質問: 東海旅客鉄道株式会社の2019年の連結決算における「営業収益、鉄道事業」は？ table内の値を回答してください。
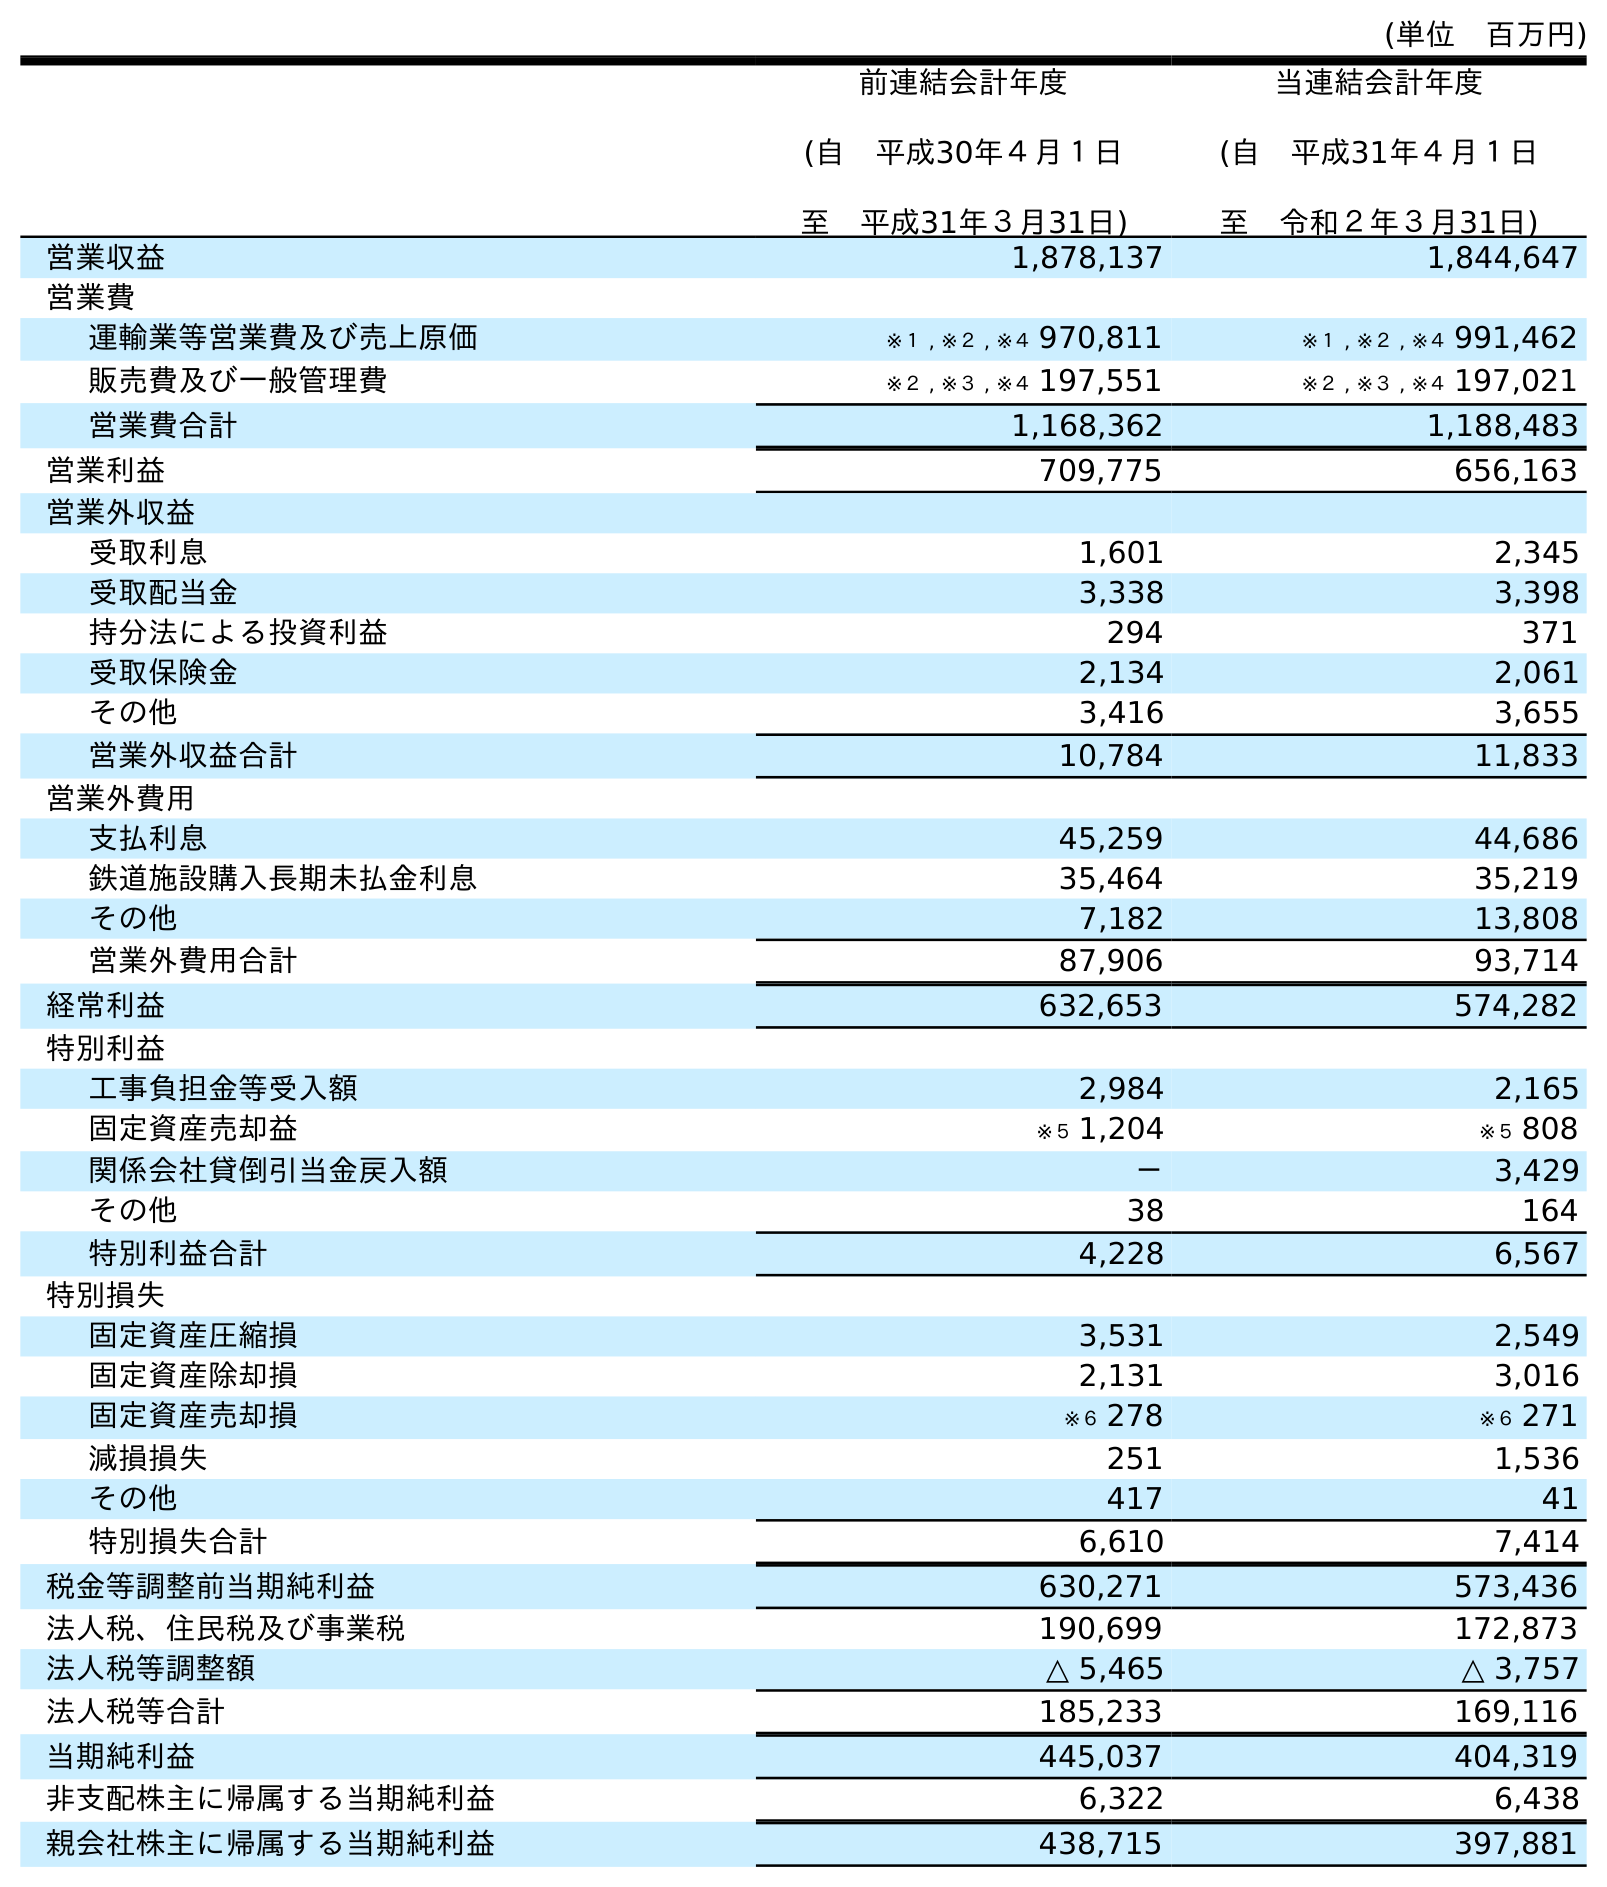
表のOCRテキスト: (単位 百万円) 前連結会計年度 (自 平成30年４月１日 至 平成31年３月31日) 当連結会計年度 (自 平成31年４月１日 至 令和２年３月31日) 営業収益 1,878,137 1,844,647 営業費 運輸業等営業費及び売上原価 ※１ , ※２ , ※４ 970,811 ※１ , ※２ , ※４ 991,462 販売費及び一般管理費 ※２ , ※３ , ※４ 197,551 ※２ , ※３ , ※４ 197,021 営業費合計 1,168,362 1,188,483 営業利益 709,775 656,163 営業外収益 受取利息 1,601 2,345 受取配当金 3,338 3,398 持分法による投資利益 294 371 受取保険金 2,134 2,061 その他 3,416 3,655 営業外収益合計 10,784 11,833 営業外費用 支払利息 45,259 44,686 鉄道施設購入長期未払金利息 35,464 35,219 その他 7,182 13,808 営業外費用合計 87,906 93,714 経常利益 632,653 574,282 特別利益 工事負担金等受入額 2,984 2,165 固定資産売却益 ※５ 1,204 ※５ 808 関係会社貸倒引当金戻入額 － 3,429 その他 38 164 特別利益合計 4,228 6,567 特別損失 固定資産圧縮損 3,531 2,549 固定資産除却損 2,131 3,016 固定資産売却損 ※６ 278 ※６ 271 減損損失 251 1,536 その他 417 41 特別損失合計 6,610 7,414 税金等調整前当期純利益 630,271 573,436 法人税、住民税及び事業税 190,699 172,873 法人税等調整額 △ 5,465 △ 3,757 法人税等合計 185,233 169,116 当期純利益 445,037 404,319 非支配株主に帰属する当期純利益 6,322 6,438 親会社株主に帰属する当期純利益 438,715 397,881
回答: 1,878,137